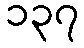
၁၃၇